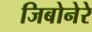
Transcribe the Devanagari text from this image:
जिबोनेरे